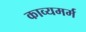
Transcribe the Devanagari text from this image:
काव्यमर्म